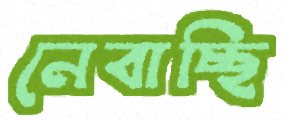
নেবাচ্ছি